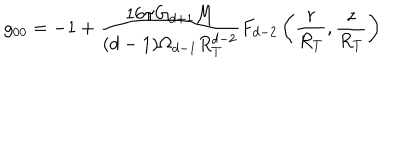
g _ { 0 0 } = - 1 + \frac { 1 6 \pi G _ { d + 1 } M } { ( d - 1 ) \Omega _ { d - 1 } R _ { T } ^ { d - 2 } } F _ { d - 2 } \left( \frac { r } { R _ { T } } , \frac { z } { R _ { T } } \right)